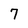
Character: 7